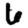
Digit: 6